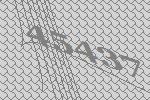
45437